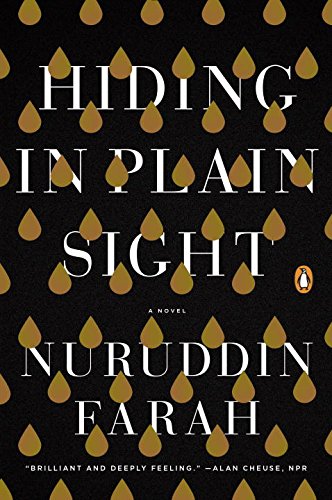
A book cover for Hiding in Plain Sight: A Novel; Nuruddin Farah; Literature & Fiction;